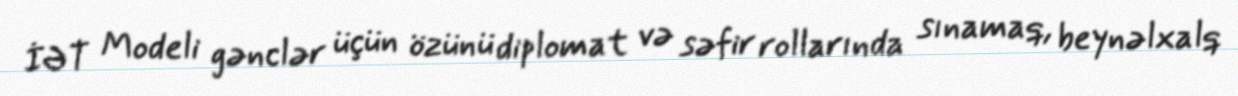
İƏT Modeli gənclər üçün özünü diplomat və səfir rollarında sınamaq, beynəlxalq